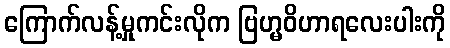
ကြောက်လန့်မှုကင်းလိုက ဗြဟ္မဝိဟာရလေးပါးကို